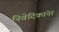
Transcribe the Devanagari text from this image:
निवेदिकांना